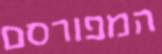
המפורסם